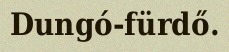
Dungó-fürdő.